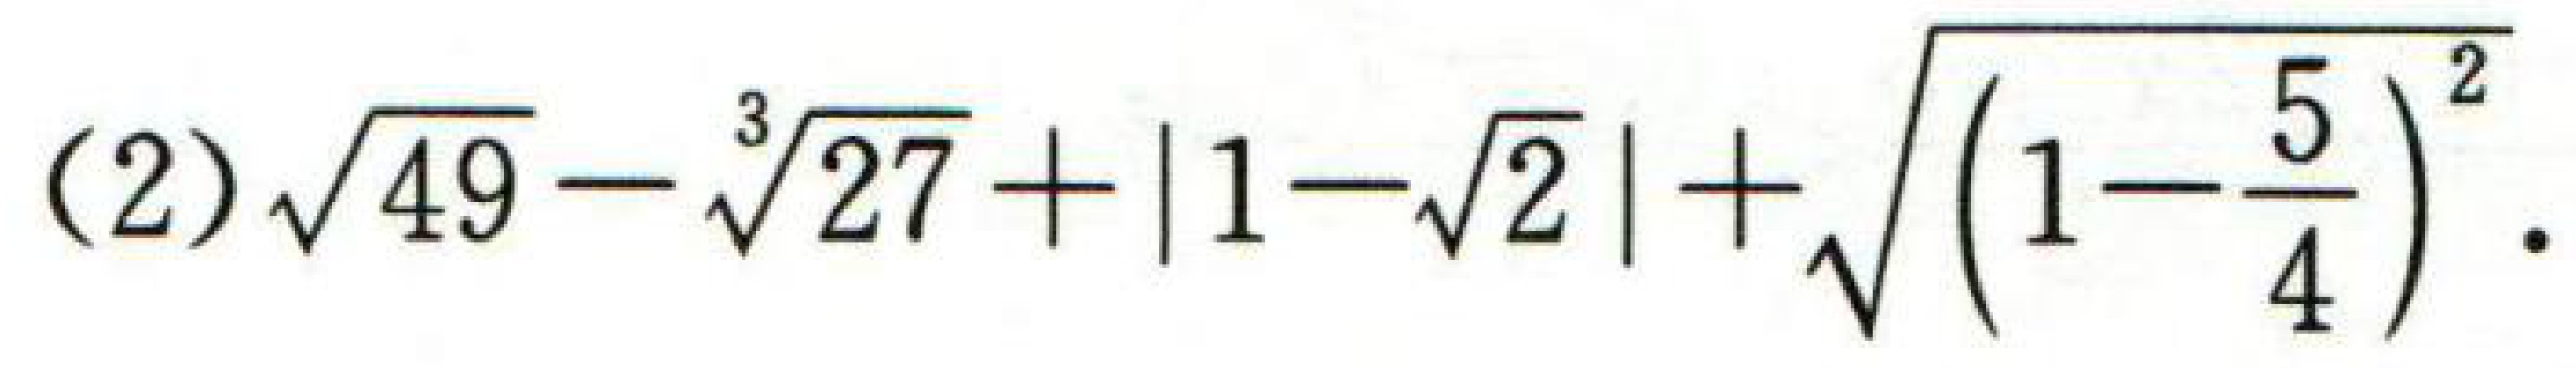
(2) $\sqrt{49}-\sqrt[3]{27}+|1 - \sqrt{2}|+\sqrt{(1-\frac{5}{4})^2}$.